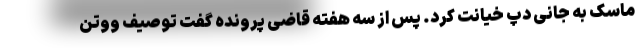
ماسک به جانی دپ خیانت کرد. پس از سه هفته قاضی پرونده گفت توصیف ووتن